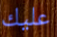
عليك